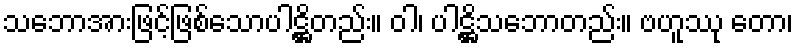
သဘောအားဖြင့်ဖြစ်သောပါဋ္ဌိတည်း။ ဝါ၊ ပါဋ္ဌိသဘောတည်း။ ဗဟူဿု တော၊